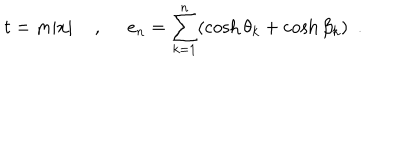
LaTeX: t = m | x | \, \, \, \, \, \, \, , \, \, \, \, \, \, \, \, e _ { n } = \sum _ { k = 1 } ^ { n } ( \cosh \theta _ { k } + \cosh \beta _ { k } ) \, \, \, .